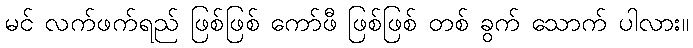
မင် လက်ဖက်ရည် ဖြစ်ဖြစ် ကော်ဖီ ဖြစ်ဖြစ် တစ် ခွက် သောက် ပါလား။